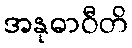
အနုဓာဝီတိ